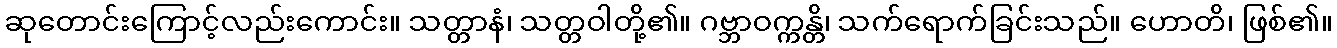
ဆုတောင်းကြောင့်လည်းကောင်း။ သတ္တာနံ၊ သတ္တဝါတို့၏။ ဂဗ္ဘာဝက္ကန္တိ၊ သက်ရောက်ခြင်းသည်။ ဟောတိ၊ ဖြစ်၏။